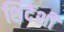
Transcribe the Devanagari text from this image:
शिंदेंशी